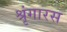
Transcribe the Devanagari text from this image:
श्रृंगारस